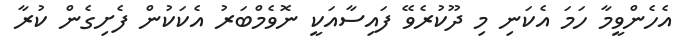
އެހެންވީމާ ހަމަ އެކަނި މި ދޫކުރެވޭ ފައިސާއަކީ ނޮވެމްބަރު އެކަކުން ފެށިގެން ކުރާ